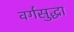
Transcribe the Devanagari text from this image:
वर्गसुद्धा